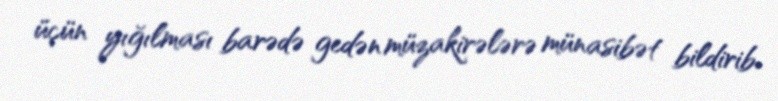
üçün yığılması barədə gedən müzakirələrə münasibət bildirib.